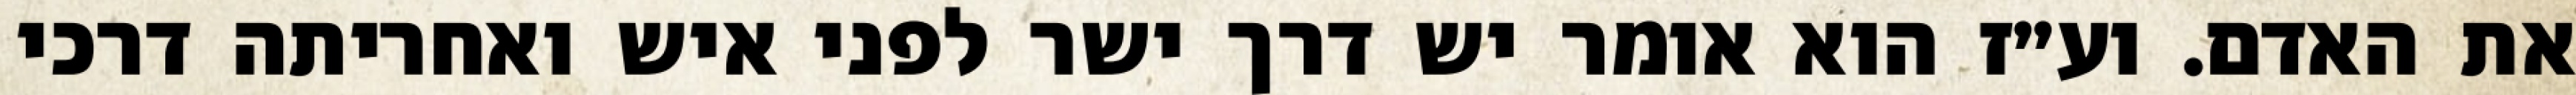
את האדם. וע״ז הוא אומר יש דרך ישר לפני איש ואחריתה דרכי